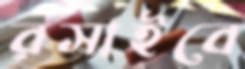
রসাইবে